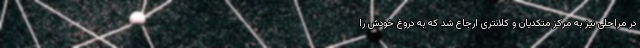
در مراحلی نیز به مرکز متکدیان و کلانتری ارجاع شد که به دروغ خودش را